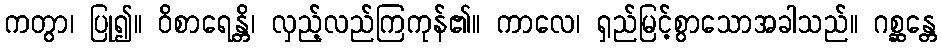
ကတွာ၊ ပြု၍။ ဝိစာရေန္တိ၊ လှည့်လည်ကြကုန်၏။ ကာလေ၊ ရှည်မြင့်စွာသောအခါသည်။ ဂစ္ဆန္တေ